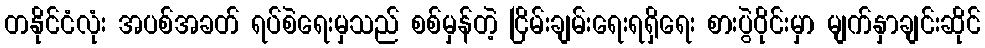
တနိုင်ငံလုံး အပစ်အခတ် ရပ်စဲရေးမှသည် စစ်မှန်တဲ့ ငြိမ်းချမ်းရေးရရှိရေး စားပွဲဝိုင်းမှာ မျက်နှာချင်းဆိုင်